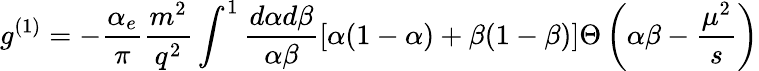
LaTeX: g^{(1)}=-\frac{\alpha_{e}}{\pi}\frac{m^{2}}{q^{2}}\int^{1}\frac{d\alpha d\beta}{\alpha\beta}[\alpha(1-\alpha)+\beta(1-\beta)]\Theta\left(\alpha\beta-\frac{\mu^{2}}{s}\right)